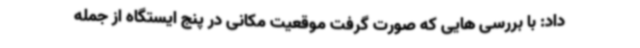
داد: با بررسی هایی که صورت گرفت موقعیت مکانی در پنج ایستگاه از جمله